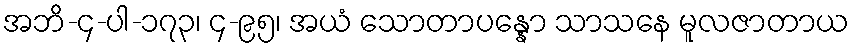
အဘိ-၄-ပါ-၁၇၃၊ ၄-၉၅၊ အယံ သောတာပန္နော သာသနေ မူလဇာတာယ